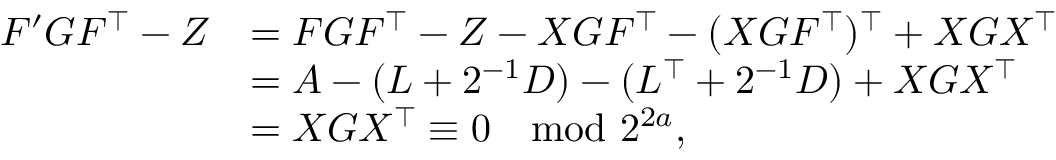
\begin{array} { r l } { F ^ { \prime } G F ^ { \intercal } - Z } & { = F G F ^ { \intercal } - Z - X G F ^ { \intercal } - ( X G F ^ { \intercal } ) ^ { \intercal } + X G X ^ { \intercal } } \\ & { = A - ( L + 2 ^ { - 1 } D ) - ( L ^ { \intercal } + 2 ^ { - 1 } D ) + X G X ^ { \intercal } } \\ & { = X G X ^ { \intercal } \equiv 0 \mod 2 ^ { 2 a } , } \end{array}